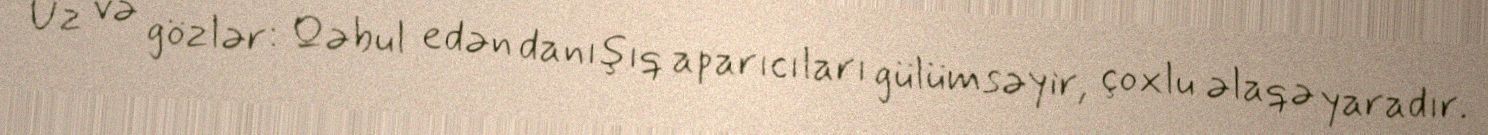
Üz və gözlər: Qəbul edən danışıq aparıcıları gülümsəyir, çoxlu əlaqə yaradır.